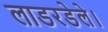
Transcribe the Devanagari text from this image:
लाडरडेले।